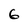
Character: 6